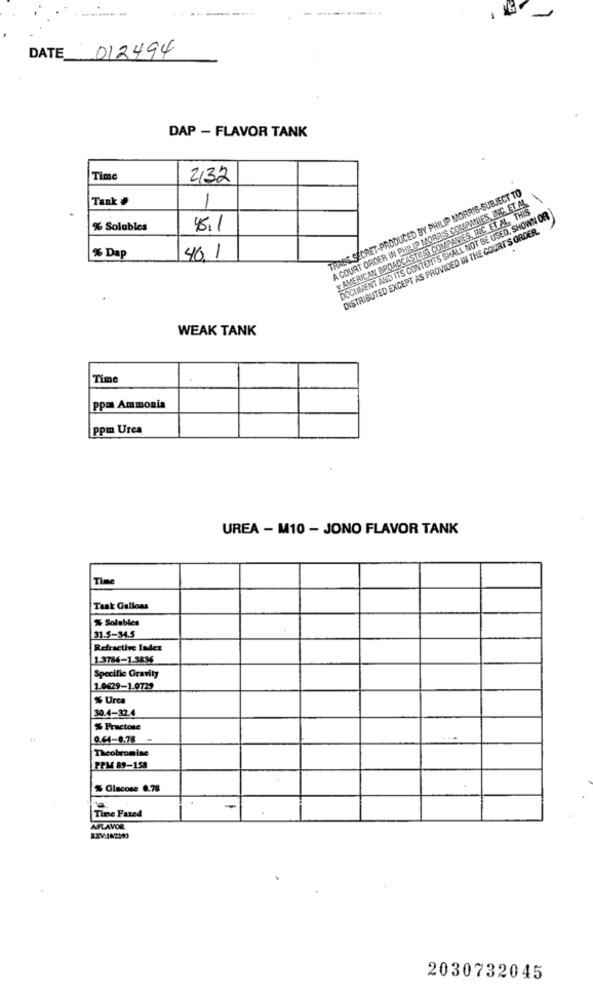
DATE 012494
DAP - FLAVOR TANK
Time
2132
TRASE SECRET-PRODUCED BY PHILIP MORRIS-SUBJECT TO
Tank #
1
A COURT ORDER IN PHILIP MORRIS COMPANIES INC. ET AL
AMERICAN BROADCASTERS COMPANIES, INC. ET AL. THIS
DOCUMENT AND ITS CONTENTS SHALL NOT BE USED, SHOWN OR
% Solubles
45.1
DISTRIBUTED EXCEPT AS PROVIDED IN THE COURT'S ORDER.
% Dap
40.1
WEAK TANK
Time
ppm Ammonia
ppm Urea
UREA - M10 - JONO FLAVOR TANK
Time
Task Gallows
% Solubles
31.5-34.5
Refractive Index
1.3786-1.3836
Specific Gravity
1.0629-1.0729
% Ure
30.4-32.4
% Fructose
0.64-0.78 -
...
Theobromine
PPM 89-158
% Glacose 0.78
-
Time Faxed
AFLAVOR
2030732045